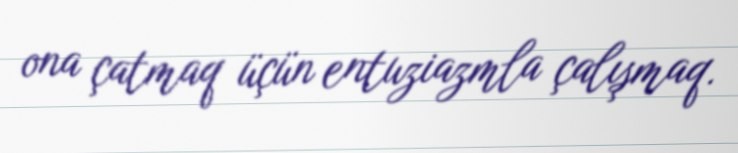
ona çatmaq üçün entuziazmla çalışmaq.